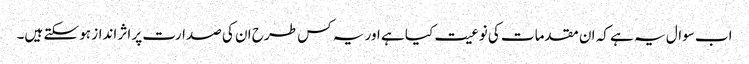
اب سوال یہ ہے کہ ان مقدمات کی نوعیت کیا ہے اور یہ کس طرح ان کی صدارت پر اثر انداز ہو سکتے ہیں۔